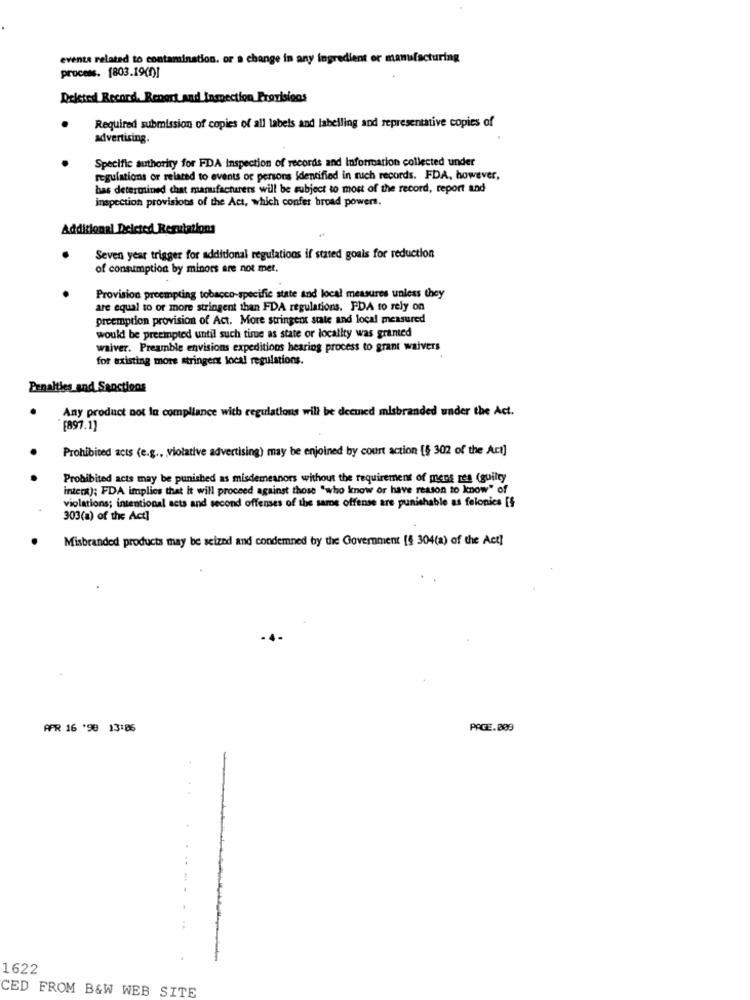
evente related to contamination. or a change in any ingredient or manufacturing
process. [803.19(0)]
Deleted Record. Report and Inspection Provisions
Required submission of copies of all labels and labelling and representative copies of
advertising.
Specific authority for FDA inspection of records and Information collected under
regulations or related to events of persons Identified in such records. FDA, however,
bas determined chat manufacturers will be subject to most of the record, report and
inspection provisions of the Act, which confer broad powers.
Additional Deleted Regulations
Seven year trigger for additional regulations if stated goals for reduction
of consumption by minors are not met,
Provision preempting tobacco-specific state and local measures unless they
are equal to or more stringent than FDA regulations. PDA to rely on
preemption provision of Act. More stringent state and local measured
would be preempted until such tisue as state or locality was granted
waiver. Preamble envisions expeditions hearing process to grant waivers
for existing more stringent local regulations.
Penalties and Sanctions
Any product not In compliance with regulations will be deemed misbranded under the Act.
[897.1]
Prohibited acts (e.g ., , violative advertising) may be enjoined by court action [$ 302 of the Act]
Prohibited acts may be punished as misdemeanors without the requirement of mens res (guilty
intent); FDA implies that it will proceed against those "who know or have reason to know" of
violations; intentional acts and second offenses of the same offense are punishable as felonies [§
303(a) of the Act]
Misbranded products may be seized and condemned by the Government [§ 304(a) of the Act]
APR 16 '98 13:86
PAGE.009
1622
CED FROM B&W WEB SITE